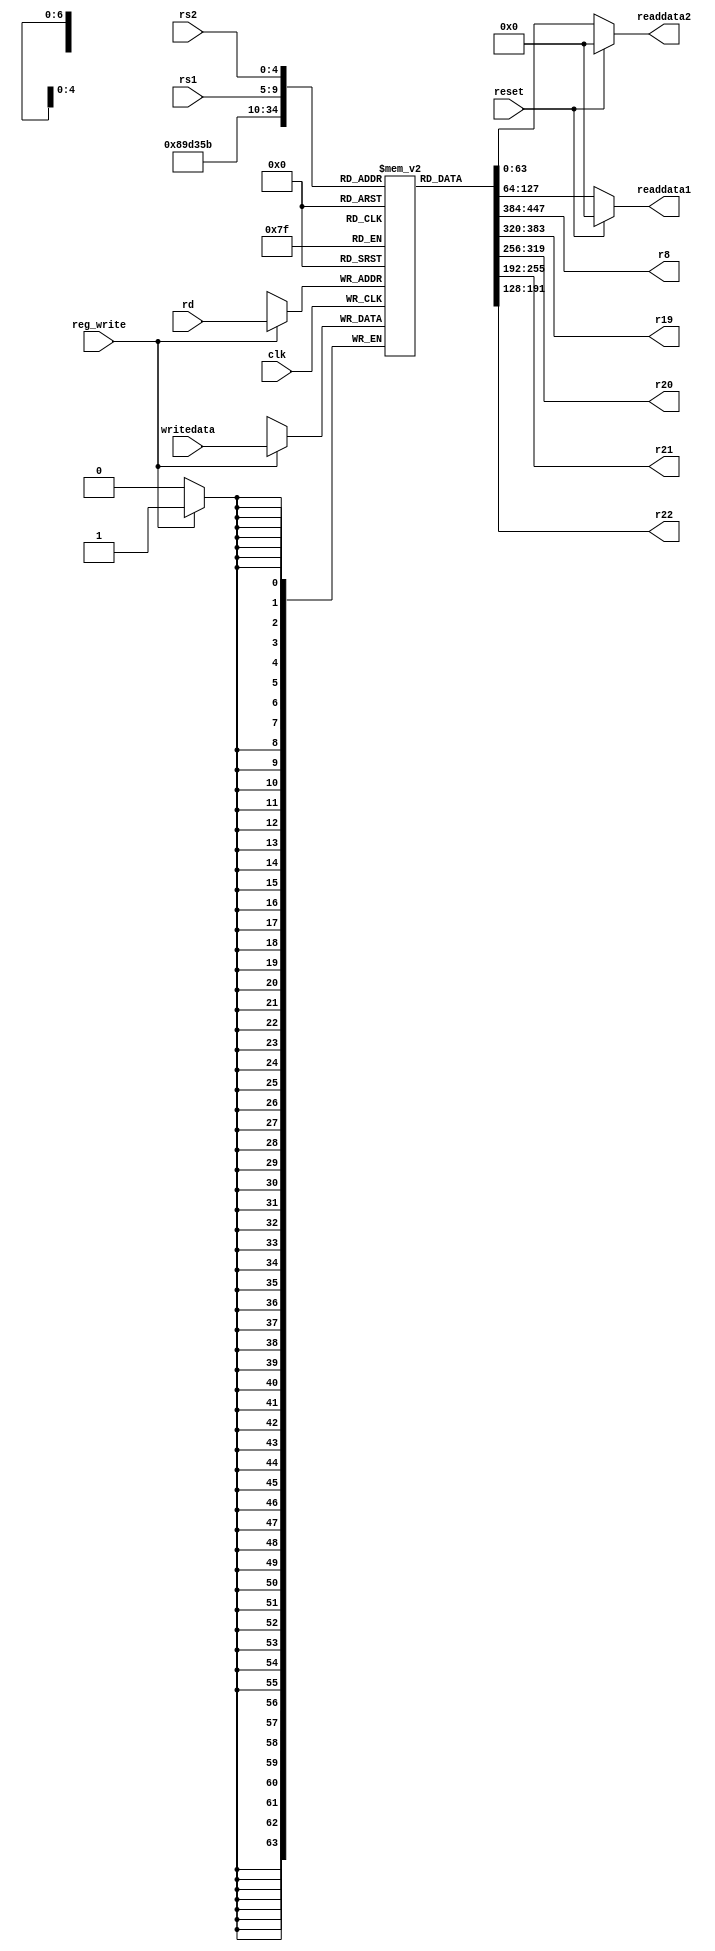
module registerFile(
  input clk,
  input reset,
  input [4:0] rs1,
  input [4:0] rs2,
  input [4:0] rd,
  input [63:0] writedata,
  input reg_write,
  output reg [63:0] readdata1,
  output reg[63:0] readdata2,
  output [63:0] r8,
  output [63:0] r19,
  output [63:0] r20,
  output [63:0] r21,
  output [63:0] r22
);
  integer i;
  reg [63:0] registers [31:0];
  initial
    begin
      registers[0] = 64'd0;
      registers[1] = 64'd0;
      registers[2] = 64'd0;
      registers[3] = 64'd0;
      registers[4] = 64'd0;
      registers[5] = 64'd0;
      registers[6] = 64'd0;
      registers[7] = 64'd0;
      registers[8] = 64'd0;
      registers[9] = 64'd0;
      registers[10] = 64'd0;
      registers[11] = 64'd8;
      registers[12] = 64'd0;
      registers[13] = 64'd0;
      registers[14] = 64'd0;
      registers[15] = 64'd0;
      registers[16] = 64'd0;
      registers[17] = 64'd0;
      registers[18] = 64'd0;
      registers[19] = 64'd0;
      registers[20] = 64'd0;
      registers[21] = 64'd0;
      registers[22] = 64'd0;
      registers[23] = 64'd0;
      registers[24] = 64'd0;
      registers[25] = 64'd0;
      registers[26] = 64'd0;
      registers[27] = 64'd0;
      registers[28] = 64'd0;
      registers[29] = 64'd0;
      registers[30] = 64'd0;
      registers[31] = 64'd0;
    end
  assign r8 = registers[8];
  assign r19 = registers[19];
  assign r20 = registers[20];
  assign r21 = registers[26];
  assign r22 = registers[27];
 
  always @ (*)
    begin
      if (reset == 1'b1)
        begin
          readdata1 = 64'd0;
          readdata2 = 64'd0;
        end
      else
        begin
          readdata1 = registers[rs1];
          readdata2 = registers[rs2];
        end
    end
  always@(negedge clk)
    begin
      if (reg_write == 1)
        registers[rd] = writedata;
    end
endmodule